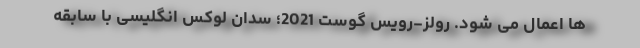
ها اِعمال می شود. رولز-رویس گوست 2021؛ سدان لوکس انگلیسی با سابقه